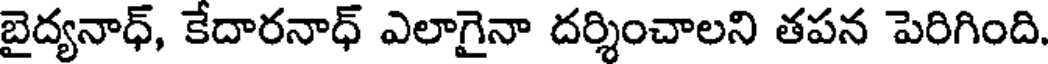
బైద్యనాధ్, కేదారనాధ్ ఎలాగైనా దర్శించాలని తపన పెరిగింది